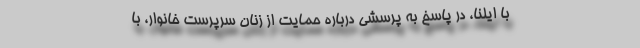
با ایلنا، در پاسخ به پرسشی درباره حمایت از زنان سرپرست خانوار، با